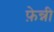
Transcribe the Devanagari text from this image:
फ़ेन्नी